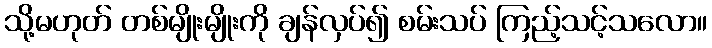
သို့မဟုတ် တစ်မျိုးမျိုးကို ချန်လှပ်၍ စမ်းသပ် ကြည့်သင့်သလော။